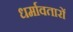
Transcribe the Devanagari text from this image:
धर्मावतारों